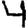
Digit: 4